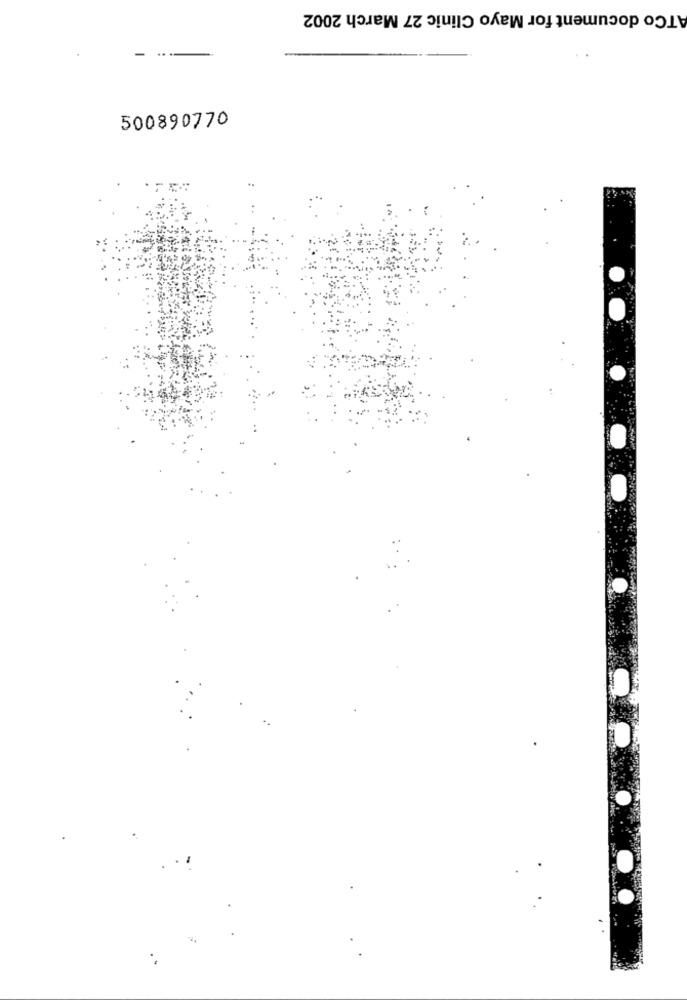
ATCo document for Mayo Clinic 27 March 2002
.. .
500890770